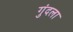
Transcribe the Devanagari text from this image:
गुंदला